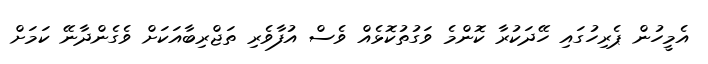
އެމީހުން ޕެރިހުގައި ހޭދަކުރާ ކޮންމެ ވަގުތުކޮޅެއް ވެސް އުފާވެރި ތަޖްރިބާއަކަށް ވެގެންދާނޭ ކަމަށް